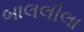
બાલલીલા